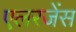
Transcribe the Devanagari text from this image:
एलरजेंस